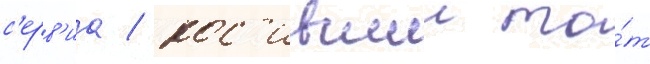
с'ерв'иа / нос'ившии то́т